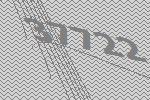
37722